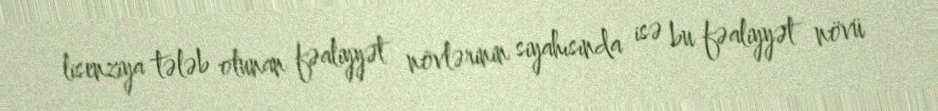
lisenziya tələb olunan fəaliyyət növlərinin siyahısında isə bu fəaliyyət növü